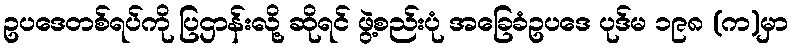
ဥပဒေတစ်ရပ်ကို ပြဌာန်းလို့ ဆိုရင် ဖွဲ့စည်းပုံ အခြေခံဥပဒေ ပုဒ်မ ၁၉၈ (က)မှာ